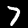
Label: 7